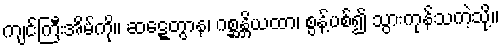
ကျင်ကြီးအိမ်ကို။ ဆဋ္ဋေတွာန၊ ဂစ္ဆန္တိယထာ၊ စွန့်ပစ်၍ သွားကုန်သကဲ့သို့။